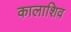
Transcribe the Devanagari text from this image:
कालाशिव